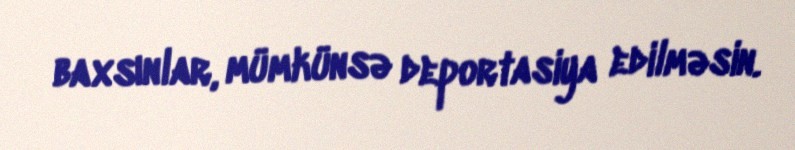
baxsınlar, mümkünsə deportasiya edilməsin.